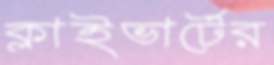
ক্লাইভার্টের